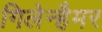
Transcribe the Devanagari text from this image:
गिलेन्हैमर